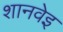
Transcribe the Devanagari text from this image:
शानवेइ